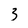
Character: 3